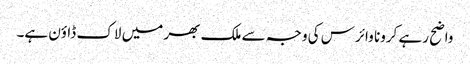
واضح رہے کرونا وائرس کی وجہ سے ملک بھر میں لاک ڈاؤن ہے۔